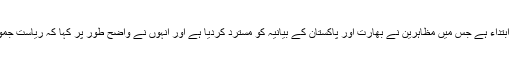
پاکستان کے زیرانتظام کشمیر میں یہ ایک طاقتور تحریک کی ابتداء ہے جس میں مظاہرین نے بھارت اور پاکستان کے بیانیہ کو مسترد کردیا ہے اور انہوں نے واضح طور پر کہا کہ ریاست جموں کشمیر کے مقدر کا فیصلہ یہاں کے عوام ہی کرسکتے ہیں۔